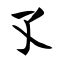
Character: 孓